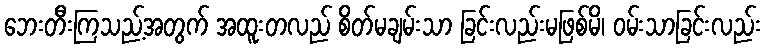
ဘေးတီးကြသည့်အတွက် အထူးတလည် စိတ်မချမ်းသာ ခြင်းလည်းမဖြစ်မိ၊ ဝမ်းသာခြင်းလည်း